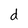
Character: d